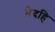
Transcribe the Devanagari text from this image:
भेदहि